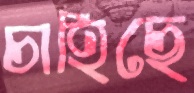
চাহিছে